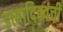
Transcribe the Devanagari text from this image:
इत्यादिकांची